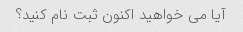
آیا می خواهید اکنون ثبت نام کنید؟